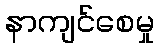
နာကျင်စေမှု